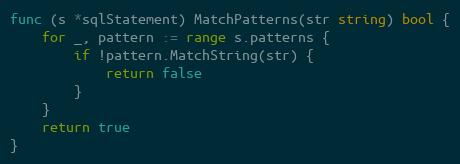
Language: Go
func (s *sqlStatement) MatchPatterns(str string) bool {
	for _, pattern := range s.patterns {
		if !pattern.MatchString(str) {
			return false
		}
	}
	return true
}